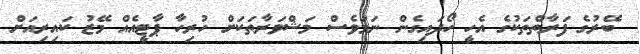
ބޭރުގެ ފަރާތްތަކުގެ އެހީ ހޯދައިގެން ނަމަވެސް މަޝްވަރާތަކަށް ހުރިހާ ޕާޓީއެއް މޭޒު ކައިރިއަށް